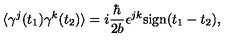
\langle \gamma ^ { j } ( t _ { 1 } ) \gamma ^ { k } ( t _ { 2 } ) \rangle = i \frac { \hbar } { 2 b } \epsilon ^ { j k } \mathrm { s i g n } ( t _ { 1 } - t _ { 2 } ) ,